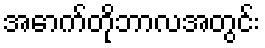
အောက်တိုဘာလအတွင်း